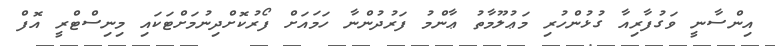
އިންސާނީ ވަގުފާރިއާ ގުޅުންހުރި މަޢުލޫމާތު ޢާންމު ފަރުދުންނާ ހަމައަށް ފޯރުކޮށްދިނުމަށްޓަކައި މިނިސްޓްރީ އޮފް